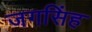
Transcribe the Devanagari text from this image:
जगसिंह